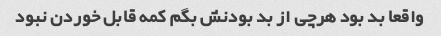
واقعا بد بود هرچی از بد بودنش بگم کمه قابل خوردن نبود